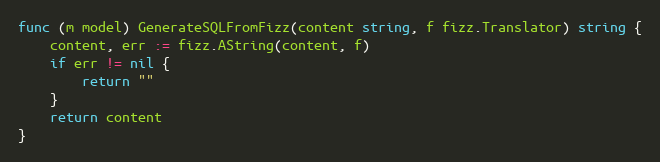
Language: Go
func (m model) GenerateSQLFromFizz(content string, f fizz.Translator) string {
	content, err := fizz.AString(content, f)
	if err != nil {
		return ""
	}
	return content
}